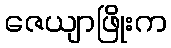
ဇေယျာဖြိုးက